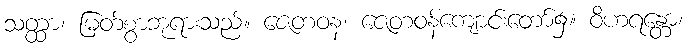
သတ္ထာ၊ မြတ်စွာဘုရားသည်။ ဇေတဝန၊ ဇေတဝန်ကျောင်းတော်၌။ ဝိဟရန္တော၊